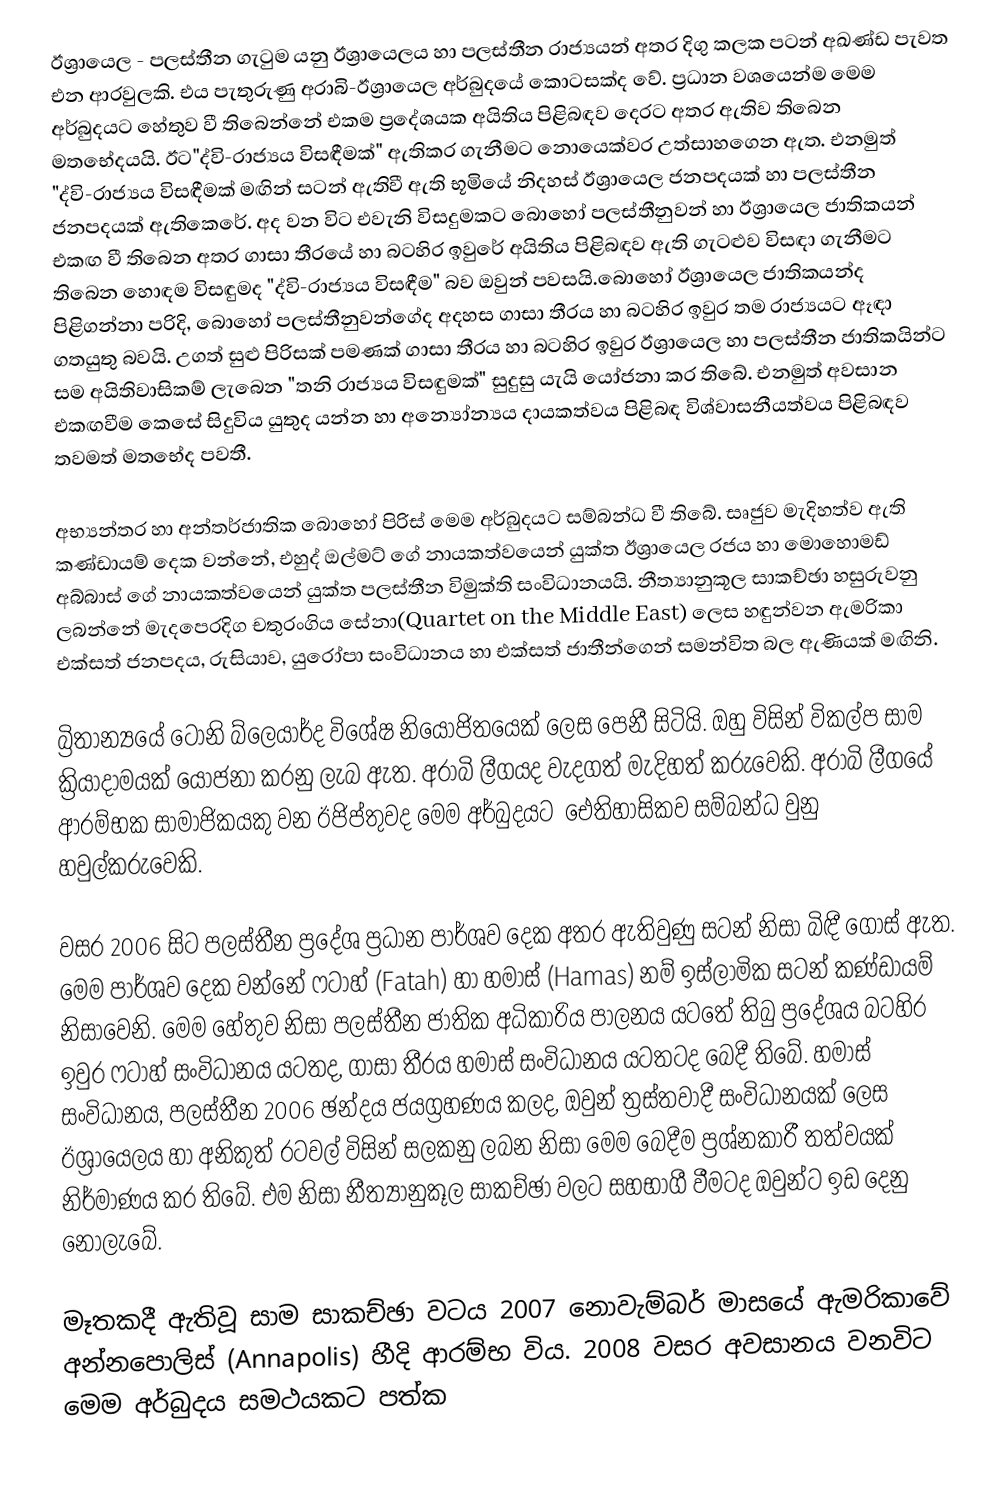
ඊශ්‍රායෙල - පලස්තීන ගැටුම යනු ඊශ්‍රායෙලය හා පලස්තීන රාජ්‍යයන් අතර දිගු කලක පටන් අඛණ්ඩ පැවත එන ආරවුලකි. එය පැතුරුණු අරාබි-ඊශ්‍රායෙල අර්බුදයේ කොටසක්ද වේ. ප්‍රධාන වශයෙන්ම මෙම අර්බුදයට හේතුව වී තිබෙන්නේ එකම ප්‍රදේශයක අයිතිය පිළිබඳව දෙරට අතර ඇතිව තිබෙන මතභේදයයි. ඊට"ද්වි-රාජ්‍යය විසඳීමක්" ඇතිකර ගැනීමට නොයෙක්වර උත්සාහගෙන ඇත. එනමුත් "ද්වි-රාජ්‍යය විසඳීමක් මඟින් සටන් ඇතිවී ඇති භූමියේ නිදහස් ඊශ්‍රායෙල ජනපදයක් හා පලස්තීන ජනපදයක්  ඇතිකෙරේ. අද වන විට එවැනි විසදුමකට බොහෝ පලස්තීනුවන් හා ඊශ්‍රායෙල ජාතිකයන් එකඟ වී තිබෙන අතර ගාසා තීරයේ හා බටහිර ඉවුරේ අයිතිය පිළිබඳව ඇති ගැටළුව විසඳා ගැනීමට තිබෙන හොඳම විසඳුමද "ද්වි-රාජ්‍යය විසඳීම"  බව ඔවුන් පවසයි.බොහෝ ඊශ්‍රායෙල ජාතිකයන්ද පිළිගන්නා පරිදි, බොහෝ පලස්තීනුවන්ගේද අදහස ගාසා තීරය හා බටහිර ඉවුර තම රාජ්‍යයට ඈඳා ගතයුතු බවයි. උගත් සුළු පිරිසක් පමණක් ගාසා තීරය හා බටහිර ඉවුර ඊශ්‍රායෙල හා පලස්තීන ජාතිකයින්ට සම අයිතිවාසිකම් ලැබෙන "තනි රාජ්‍යය විසඳුමක්" සුදුසු යැයි යෝජනා කර තිබේ. එනමුත් අවසාන එකඟවීම කෙසේ සිදුවිය යුතුද යන්න හා අන්‍යෝන්‍යය දායකත්වය පිළිබඳ විශ්වාසනීයත්වය පිළිබඳව තවමත් මතභේද පවතී.

අභ්‍යන්තර හා අන්තර්ජාතික බොහෝ පිරිස් මෙම අර්බුදයට සම්බන්ධ වී තිබේ. සෘජුව මැදිහත්ව ඇති කණ්ඩායම් දෙක වන්නේ, එහුද් ඔල්මට් ගේ නායකත්වයෙන් යුක්ත ඊශ්‍රායෙල රජය හා මොහොමඩ් අබ්බාස් ගේ නායකත්වයෙන් යුක්ත පලස්තීන විමුක්ති සංවිධානයයි. නීත්‍යානුකූල සාකච්ඡා හසුරුවනු ලබන්නේ මැදපෙරදිග චතුරංගිය සේනා(Quartet on the Middle East) ලෙස හඳුන්වන ඇමරිකා එක්සත් ජනපදය, රුසියාව, යුරෝපා සංවිධානය හා එක්සත් ජාතීන්ගෙන් සමන්විත බල ඇණියක් මඟිනි.

බ්‍රිතාන්‍යයේ ටෝනි බ්ලෙයාර්ද විශේෂ නියෝජිතයෙක් ලෙස පෙනී සිටියි. ඔහු විසින් විකල්ප සාම ක්‍රියාදාමයක් යෝජනා කරනු ලැබ ඇත. අරාබි ලීගයද වැදගත් මැදිහත් කරුවෙකි. අරාබි ලීගයේ ආරම්භක සාමාජිකයකු වන ඊජිප්තුවද මෙම අර්බුදයට ‍ ඓතිහාසිකව සම්බන්ධ වුනු හවුල්කරුවෙකි.

වසර 2006 සිට පලස්තීන ප්‍රදේශ ප්‍රධාන පාර්ශව දෙක අතර ඇතිවුණු සටන් නිසා බිඳී ගොස් ඇත. මෙම පාර්ශව දෙක වන්නේ ‍‍ෆටාහ් (Fatah) හා හමාස් (Hamas) නම් ඉස්ලාමික සටන් කණ්ඩායම් නිසාවෙනි. මෙම හේතුව නිසා පලස්තීන ජාතික අධිකාරිය පාලනය යටතේ තිබු ප්‍රදේශය බටහිර ඉවුර ‍ෆටාහ් සංවිධානය යටතද, ගාසා තීරය හමාස් සංවිධානය යටතටද බෙදී තිබේ. හමාස් සංවිධානය, පලස්තීන 2006 ඡන්දය ජයග්‍රහණය කලද, ඔවුන් ත්‍රස්තවාදී සංවිධානයක් ලෙස ඊශ්‍රායෙලය හා අනිකුත් රටවල් විසින් සලකනු ලබන නිසා මෙම බෙදීම ප්‍රශ්නකාරී තත්වයක් නිර්මාණය කර තිබේ. එම නිසා නීත්‍යානුකූල සාකච්ඡා වලට සහභාගී වීමටද ඔවුන්ට ඉඩ දෙනු නොලැබේ.

මෑතකදී ඇතිවූ සාම සාකච්ඡා වටය 2007 නොවැම්බර් මාසයේ ඇමරිකාවේ අන්නපොලිස් (Annapolis) හීදි ආරම්භ විය. 2008 වසර අවසානය වනවිට මෙම අර්බුදය  සමථයකට පත්ක